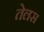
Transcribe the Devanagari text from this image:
तेलस